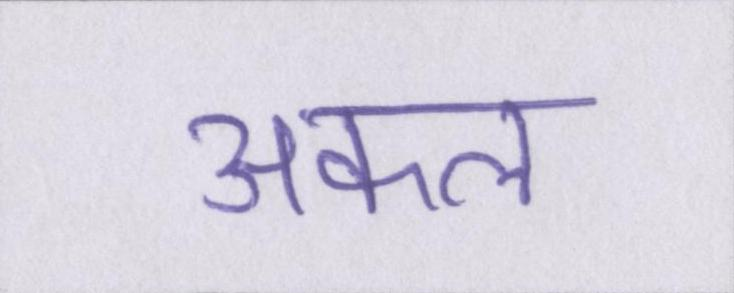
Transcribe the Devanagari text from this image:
अकल